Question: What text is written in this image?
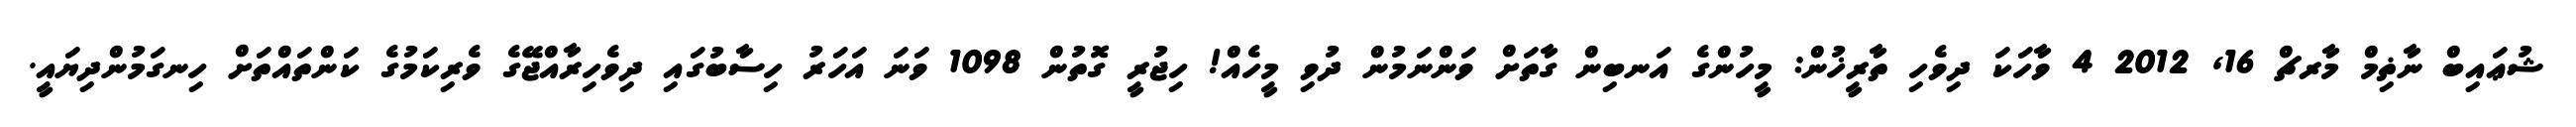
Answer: ޝުޢައިބް ނާޡިމް މާރޗް 16, 2012 4 ވާހަކަ ދިވެހި ތާރީޚުން: މީހުންގެ އަނބިން ގާތަށް ވަންނަމުން ދުވި މީހެއް! ހިޖުރީ ގޮތުން 1098 ވަނަ އަހަރު ހިސާބުގައި ދިވެހިރާއްޖޭގެ ވެރިކަމުގެ ކަންތައްތަށް ހިނގަމުންދިޔައީ.